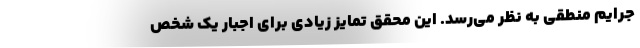
جرایم منطقی به نظر می‌رسد. این محقق تمایز زیادی برای اجبار یک شخص